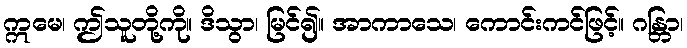
ဣမေ၊ ဤသူတို့ကို။ ဒိသွာ၊ မြင်၍။ အာကာသေ၊ ကောင်းကင်ဖြင့်။ ဂန္တြာ၊